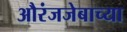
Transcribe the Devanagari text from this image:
औरंजजेबाच्या